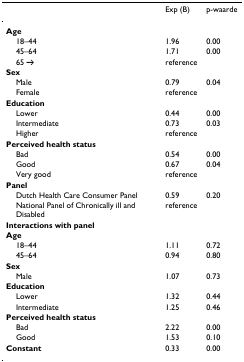
|  | Exp (B) | p-waarde |
 | --- | --- | --- |
 | Age |  |  |
 | 18–44 | 1.96 | 0.00 |
 | 45–64 | 1.71 | 0.00 |
 | 65 → | reference |  |
 | Sex |  |  |
 | Male | 0.79 | 0.04 |
 | Female | reference |  |
 | Education |  |  |
 | Lower | 0.44 | 0.00 |
 | Intermediate | 0.73 | 0.03 |
 | Higher | reference |  |
 | Perceived health status |  |  |
 | Bad | 0.54 | 0.00 |
 | Good | 0.67 | 0.04 |
 | Very good | reference |  |
 | Panel |  |  |
 | Dutch Health Care Consumer Panel | 0.59 | 0.20 |
 | National Panel of Chronically ill and Disabled | reference |  |
 | Interactions with panel |  |  |
 | Age |  |  |
 | 18–44 | 1.11 | 0.72 |
 | 45–64 | 0.94 | 0.80 |
 | Sex |  |  |
 | Male | 1.07 | 0.73 |
 | Education |  |  |
 | Lower | 1.32 | 0.44 |
 | Intermediate | 1.25 | 0.46 |
 | Perceived health status |  |  |
 | Bad | 2.22 | 0.00 |
 | Good | 1.53 | 0.10 |
 | Constant | 0.33 | 0.00 |